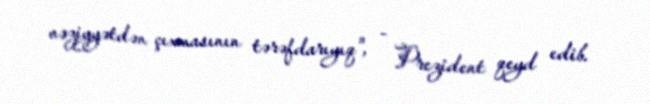
vəziyyətdən çıxmasının tərəfdarıyıq", - Prezident qeyd edib.